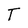
Character: T